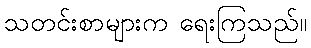
သတင်းစာများက ရေးကြသည်။